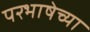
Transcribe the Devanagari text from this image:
परभाषेच्या